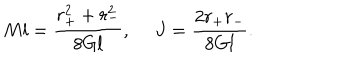
M l = { \frac { r _ { + } ^ { 2 } + r _ { - } ^ { 2 } } { 8 G l } } , \ J = { \frac { 2 r _ { + } r _ { - } } { 8 G l } } .